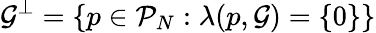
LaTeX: \mathcal G^{\perp}=\{ p\in\mathcal P_{N}:\lambda(p,\mathcal G)=\{ 0\} \}